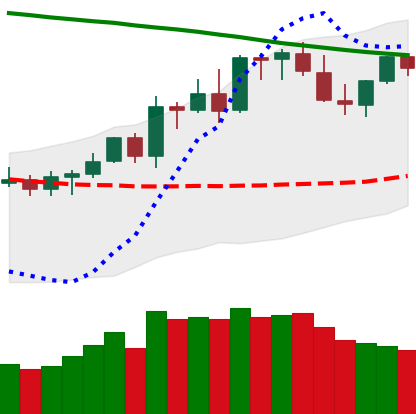
Ticker: LTC-USD
Chart end date: 2021-08-21
Forward return: -6.482%
Label: down_5_7